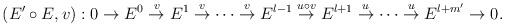
LaTeX: \begin{align*}\begin{aligned}(E'\circ E, v):0\rightarrow E^{0}\overset{v}\rightarrow E^{1}\overset{v}\rightarrow \cdots \overset{v}\rightarrow E^{l-1}\overset{u\circ v}\rightarrow E^{l+1}\overset{u}\rightarrow\cdots \overset{u}\rightarrow E^{l+m'}\rightarrow 0.\end{aligned}\end{align*}